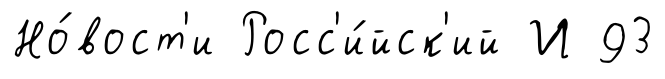
Но́вост'и Росс'и́йск'ий И 93